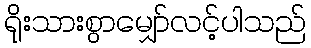
ရိုးသားစွာမျှော်လင့်ပါသည်